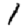
Digit: 1